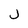
Character: j